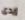
إيدى